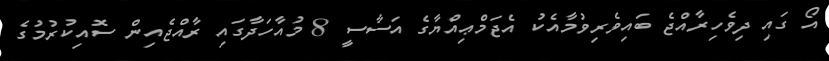
އޯ ގައި ދިވެހިރާއްޖެ ބައިވެރިވުމާއެކު އެޖަމްޢިއްޔާގެ އަސާސީ 8 މުއާހަދާގައި ރާއްޖެއިން ސޮއިކުރުމުގެ